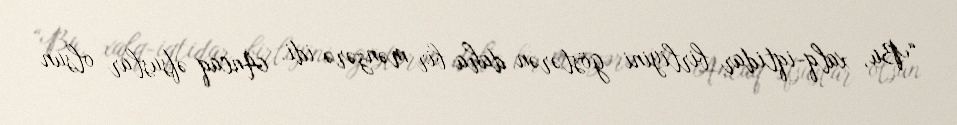
“Bu, xalq-iqtidar birliyini göstərən daha bir mənzərə idi. Ancaq əfsuslar olsun